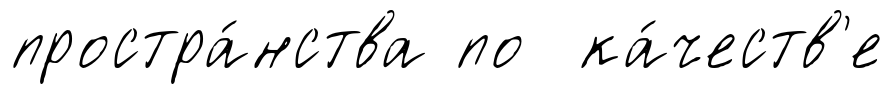
простра́нства по ка́честв'е